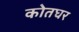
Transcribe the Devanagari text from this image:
कोतघर